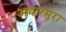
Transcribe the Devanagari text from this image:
अथारमुरा